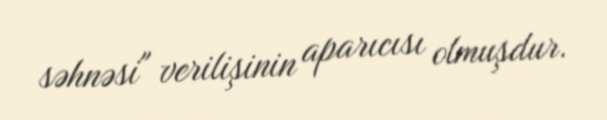
səhnəsi" verilişinin aparıcısı olmuşdur.